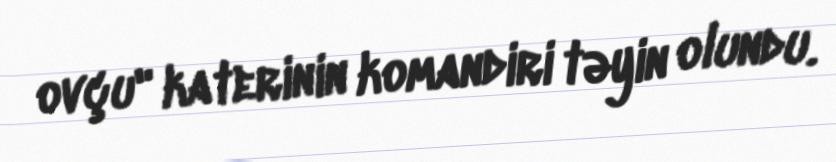
ovçu" katerinin komandiri təyin olundu.